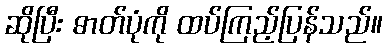
ဆိုပြီး ဓာတ်ပုံကို ထပ်ကြည့်ပြန်သည်။